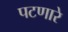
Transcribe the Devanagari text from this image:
पटणारे